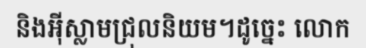
និងអ៊ីស្លាមជ្រុលនិយម។ដូច្នេះ លោក